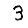
Digit: 3